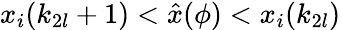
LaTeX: x_{i}(k_{2l}+1)<\hat{x}(\phi)<x_{i}(k_{2l})